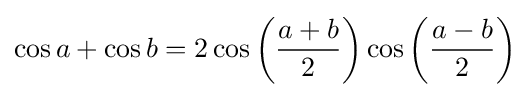
\cos a+\cos b=2\cos \left({a+b \over 2}\right)\cos \left({a-b \over 2}\right)